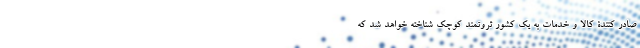
صادر کنندة کالا و خدمات به یک کشور ثروتمند کوچک شناخته خواهد شد که